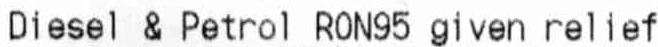
DIESEL & PETROL RON95 GIVEN RELIEF